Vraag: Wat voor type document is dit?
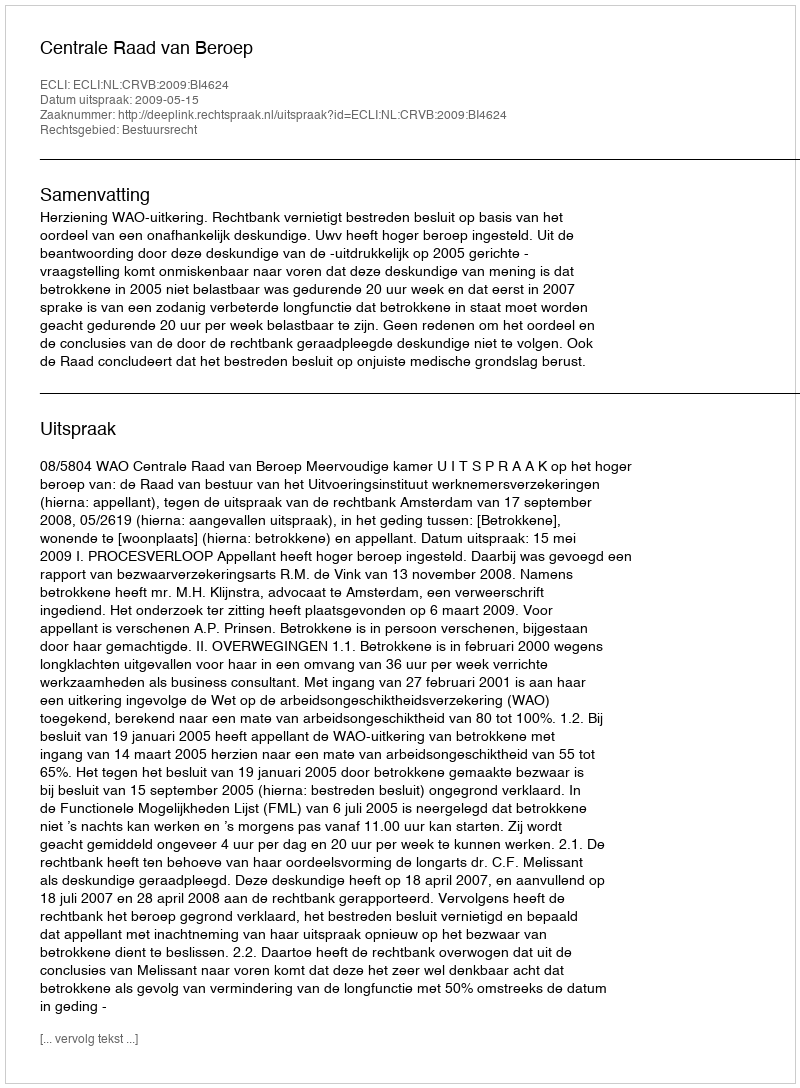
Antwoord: Uitspraak